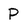
Character: P